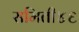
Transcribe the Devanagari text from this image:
समिती४६